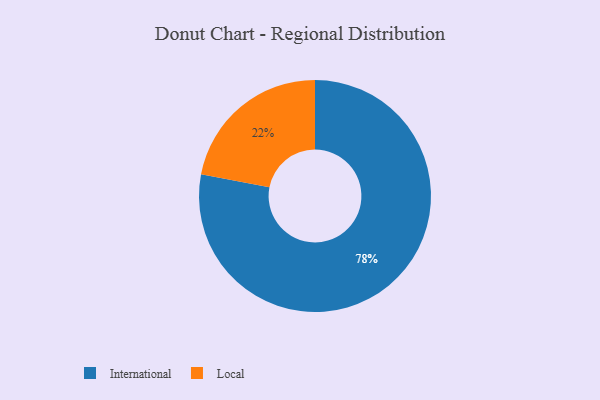
{"axis": {"x": "Category", "y": "Percentage"}, "legend": ["International", "Local"], "data": [{"x": "Local", "y": 22, "type": "Local"}, {"x": "International", "y": 78, "type": "International"}]}